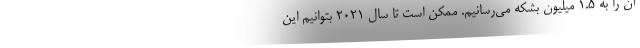
آن را به ۱.۵ میلیون بشکه می‌رسانیم. ممکن است تا سال ۲۰۲۱ بتوانیم این